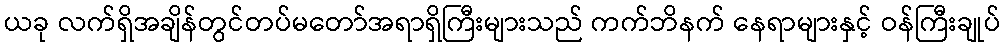
ယခု လက်ရှိအချိန်တွင်တပ်မတော်အရာရှိကြီးများသည် ကက်ဘိနက် နေရာများနှင့် ဝန်ကြီးချုပ်